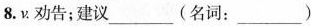
8. ν. 劝告；建议___ (名词：___)